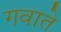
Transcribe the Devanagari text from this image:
गवाते